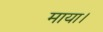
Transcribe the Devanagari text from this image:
माया।